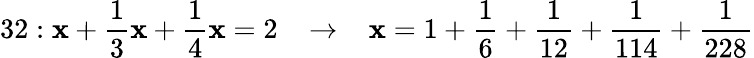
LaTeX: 32:\mathbf{x}+{\frac{{1}}{{3}}}\mathbf{x}+{\frac{{1}}{{4}}}\mathbf{x}=2\; \; \; \rightarrow\; \; \; \mathbf{x}=1+{\frac{{1}}{{6}}}+{\frac{{1}}{{12}}}+{\frac{{1}}{{114}}}+{\frac{{1}}{{228}}}